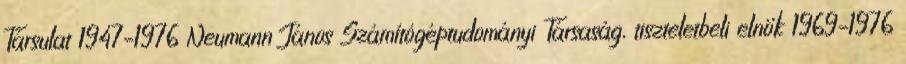
Társulat 1947–1976 Neumann János Számítógéptudományi Társaság, tiszteletbeli elnök 1969–1976